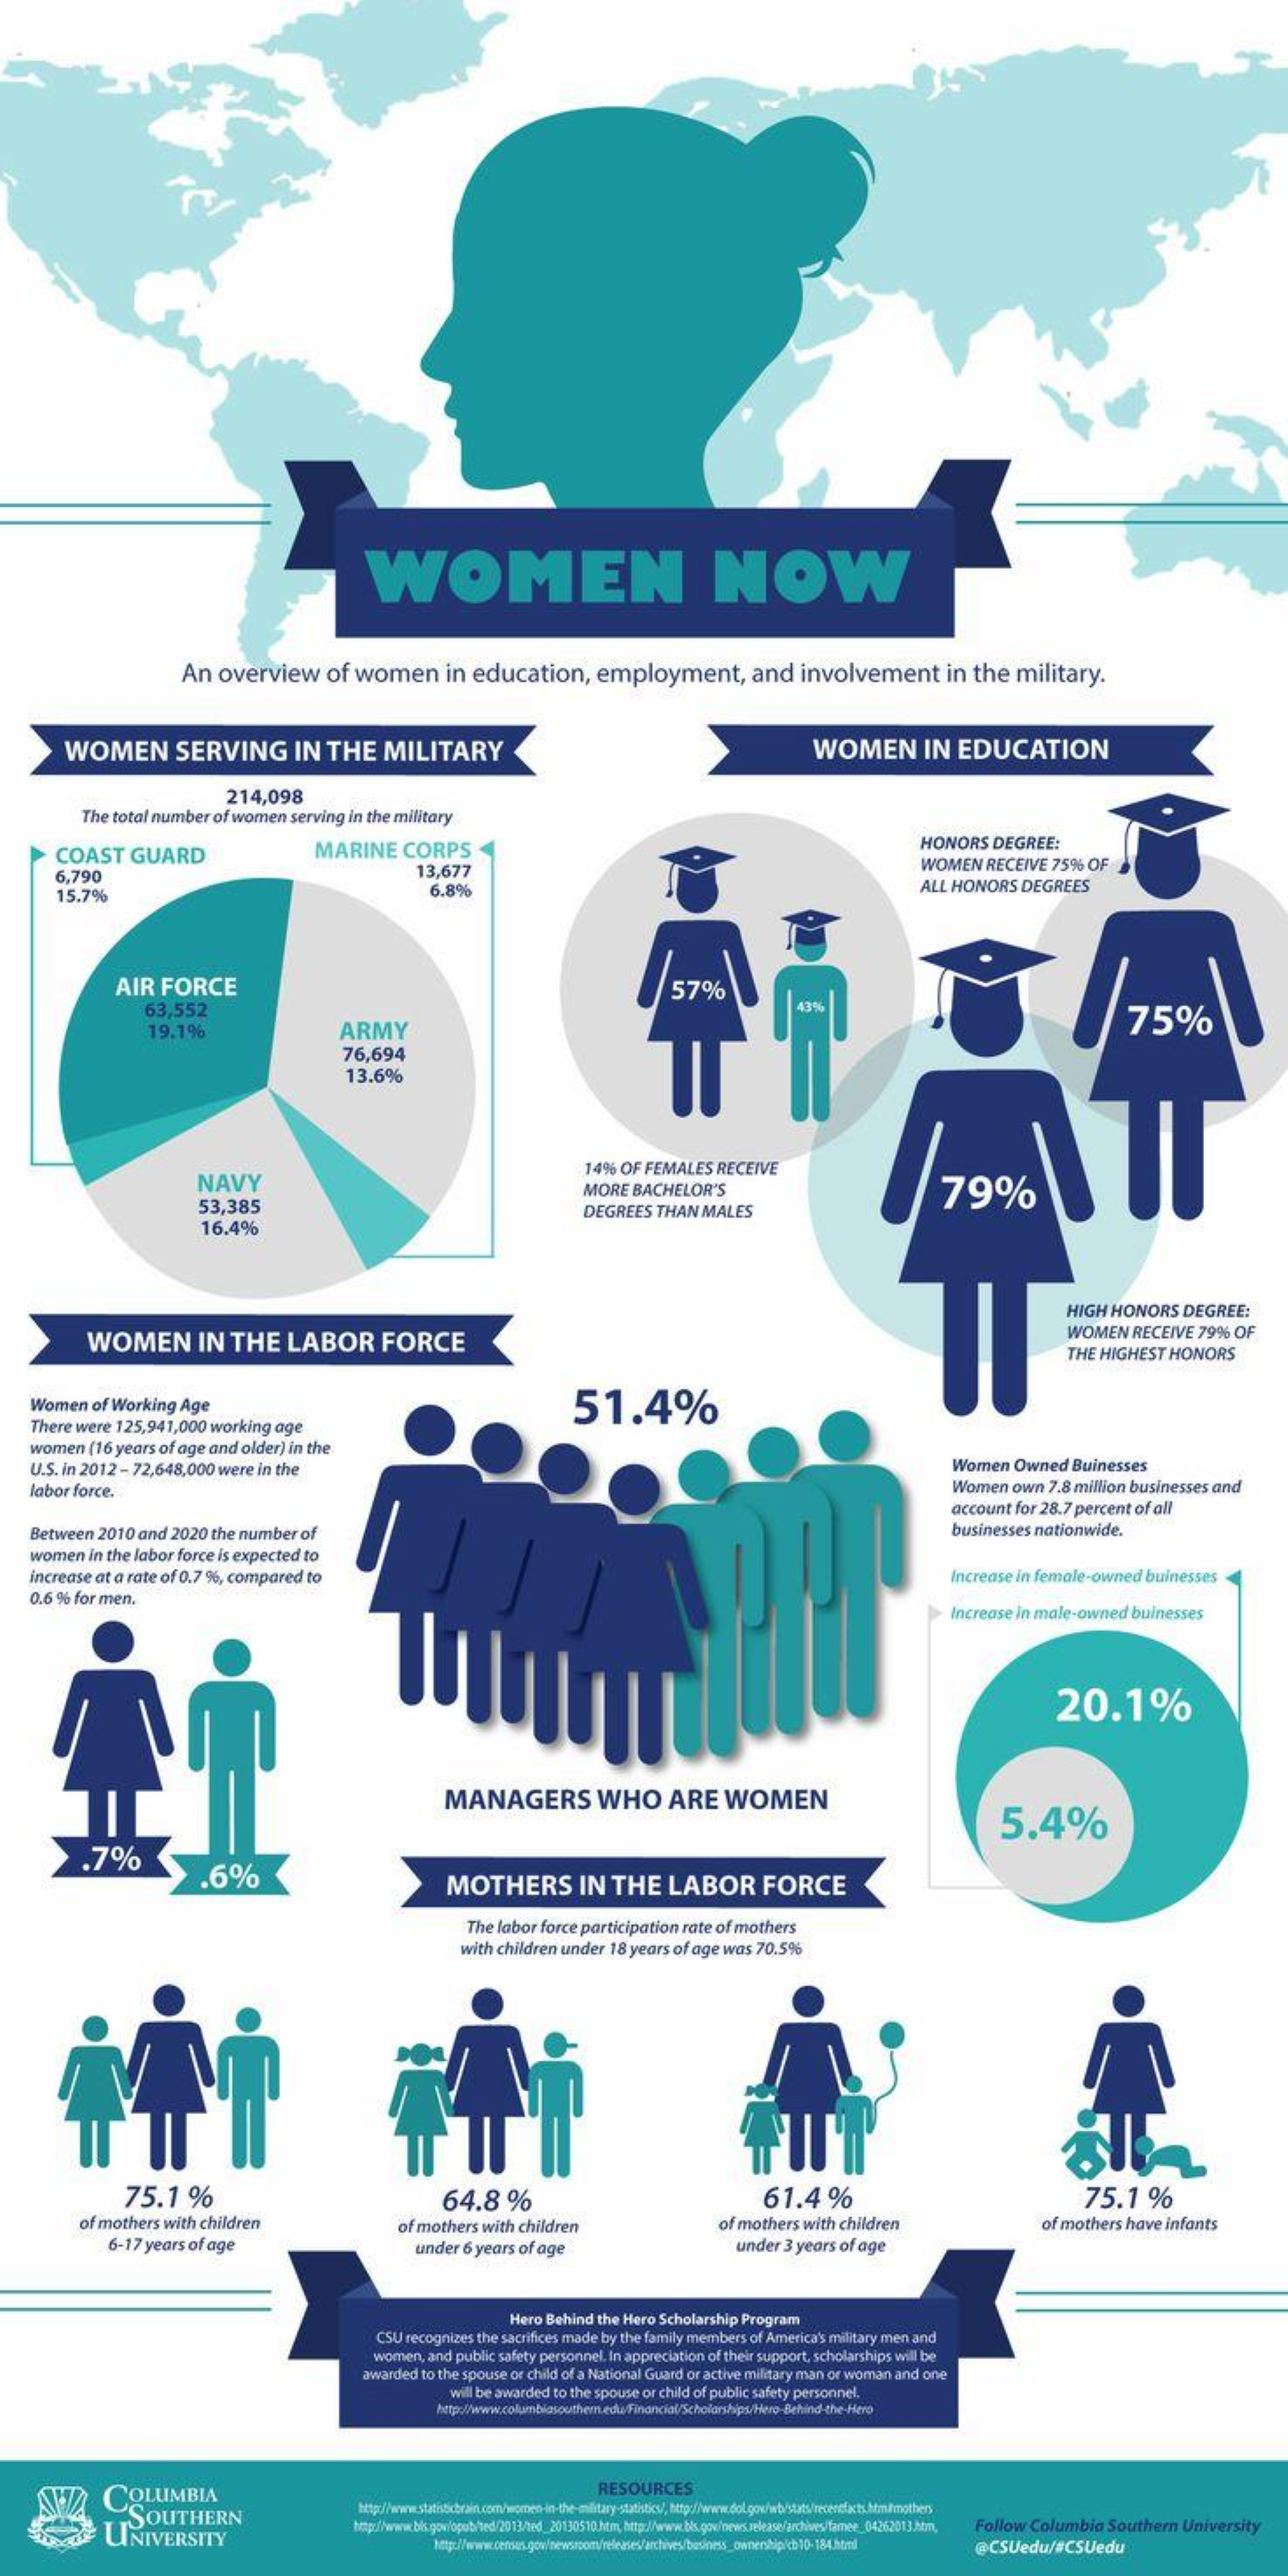
WOMEN    NOW
     An  overview    of  women    in  education,    employment,    and   involvement    in the   military.
     WOMEN    SERVING    IN   THE    MILITARY    WOMEN    IN   EDUCATION
     214,098
     The total number of women  serving in the military
     COAST    GUARD    MARINE    CORPS    HONORS    DEGREE:
     6,790    13,677    WOMEN    RECEIVE  75%  OF
     15.7%    6.8%    ALL HONORS    DEGREES
     AIR   FORCE    57%
     63,552    43%
     ARMY
     75%
     19.1%
     76,694
     13.6%
     NAVY
     14%  OF FEMALES   RECEIVE
     MORE   BACHELOR'S    79%
     53,385
     16.4%
     DEGREES   THAN  MALES
     HIGH  HONORS    DEGREE:
     WOMEN    IN   THE    LABOR    FORCE
     WOMEN    RECEIVE  79%  OF
     THE  HIGHEST  HONORS
    Women   of Working   Age    51.4%
     There were 125,941,000  working age
    women   (16 years of age and older) in the
    U.S. in 2012 - 72,648,000 were in the    Women   Owned   Buinesses
    labor force.    Women   own  7.8 million businesses and
     account for 28.7 percent of all
     Between 2010  and 2020  the number  of    businesses nationwide.
    women   in the labor force is expected to
    increase at a rate of 0.7 %, compared to    Increase in female-owned  buinesses
    0.6 % for men.
     Increase in male-owned  buinesses
     20.1%
     MANAGERS    WHO    ARE    WOMEN
     5.4%
     .7%
     .6%    MOTHERS    IN   THE    LABOR    FORCE
     The labor force participation rate of mothers
     with children under 18 years of age was 70.5%
     75.1    %    64.8    %    61.4%    75.1    %
     of mothers with children    of mothers have infants
     6-17 years of age
     of mothers with children    of mothers with children
     under  6 years of age    under 3 years of age
     Hero Behind the Hero Scholarship Program
     CSU recognizes the sacrifices made by the family members of America's military men and
     women,  and public safety personnel. In appreciation of their support, scholarships will be
     awarded to the spouse or child of a National Guard or active military man or woman and one
     will be awarded to the spouse or child of public safety personnel.
     http://www.columbiasouthem.edu/Financial/Scholarships/Hero-Behind-the-Hero
     COLUMBIA
     RESOURCES
     SOUTHERN
     UNIVERSITY    Follow Columbia   Southern  University
     http://www.censes.gov/newscom/relenes/archives/business_ownershipich 10-184.html @CSUedu/#CSUedu